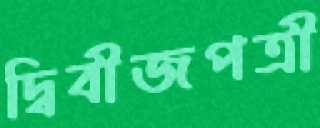
দ্বিবীজপত্রী